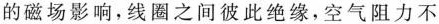
的磁场影响，线圈之间彼此绝缘，空气阻力不